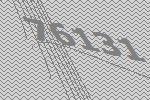
76131